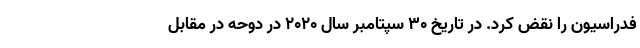
فدراسیون را نقض کرد. در تاریخ ۳۰ سپتامبر سال ۲۰۲۰ در دوحه در مقابل